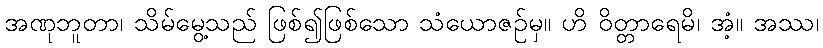
အဏုဘူတာ၊ သိမ်မွေ့သည် ဖြစ်၍ဖြစ်သော သံယောဇဉ်မှ။ ဟိ ဝိတ္တာရေမိ၊ အံ့။ အဿ၊